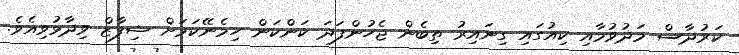
ކަރުދާސް މަދުވުމާއި ކިއުގައި ގިނައިރު ތިބެން ޖެހުންފަދަ ކަންކަން ހިމެނޭކަމަށް ޝިފާޒް ވިދާޅުވިއެވެ.